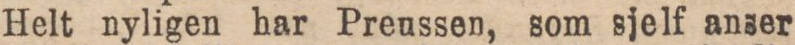
Helt nyligen har Preussen, som sjelf anser